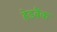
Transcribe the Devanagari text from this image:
हेडबैंक